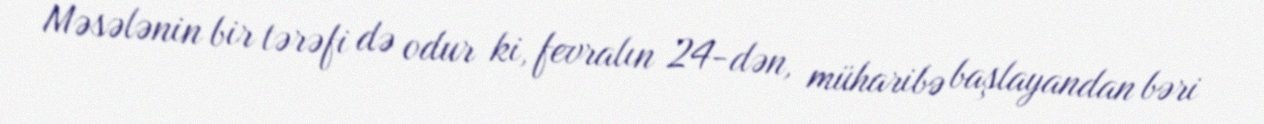
Məsələnin bir tərəfi də odur ki, fevralın 24-dən, müharibə başlayandan bəri